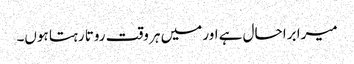
میرا برا حال ہے اور میں ہر وقت روتا رہتا ہوں۔